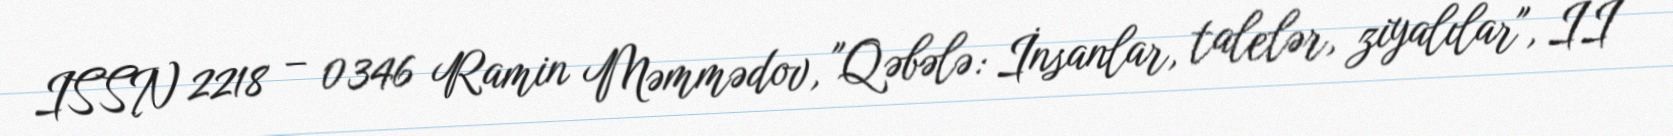
ISSN 2218 – 0346 Ramin Məmmədov, "Qəbələ: İnsanlar, talelər, ziyalılar", II